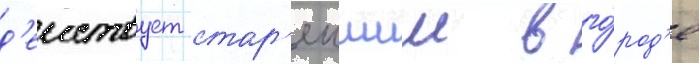
д'еиствует стар'еишии в го́род'е